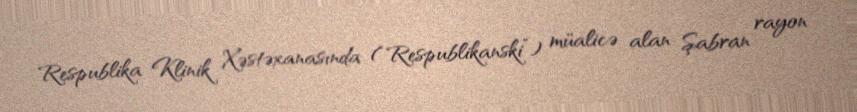
Respublika Klinik Xəstəxanasında (“Respublikanski”) müalicə alan Şabran rayon